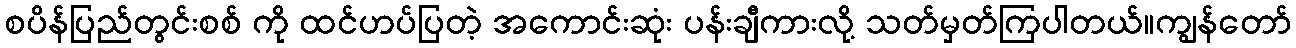
စပိန်ပြည်တွင်းစစ် ကို ထင်ဟပ်ပြတဲ့ အကောင်းဆုံး ပန်းချီကားလို့ သတ်မှတ်ကြပါတယ်။ကျွန်တော်